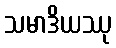
သမာဒိယဿု